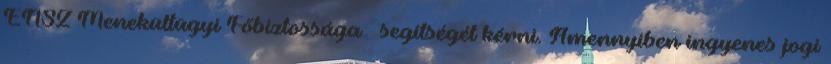
ENSZ Menekültügyi Főbiztossága – segítségét kérni. Amennyiben ingyenes jogi